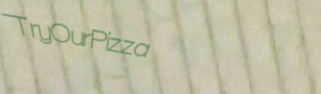
TryOurPizza